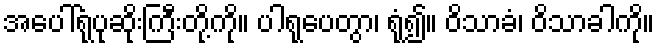
အပေါ်ရုံပုဆိုးကြီးတို့ကို။ ပါရုပေတွာ၊ ရုံ၍။ ဝိသာခံ၊ ဝိသာခါကို။